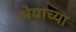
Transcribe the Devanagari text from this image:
श्रेयाच्या